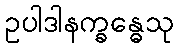
ဥပါဒါနက္ခန္ဓေသု